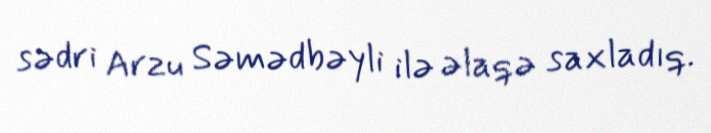
sədri Arzu Səmədbəyli ilə əlaqə saxladıq.